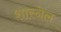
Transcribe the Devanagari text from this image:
शास्नेल